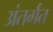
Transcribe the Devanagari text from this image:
अंतर्गत